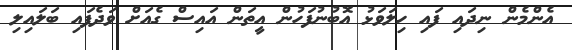
އެންމެން ނިދައި ފައި ހިލަވަޅު އޮބުނުފަހުން އީތަން އައިސް ގެއަށް ވަދެފައި ބަލައިލި